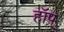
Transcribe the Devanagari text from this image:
हॉप्